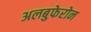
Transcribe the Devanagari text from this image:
अलबुफेरोन